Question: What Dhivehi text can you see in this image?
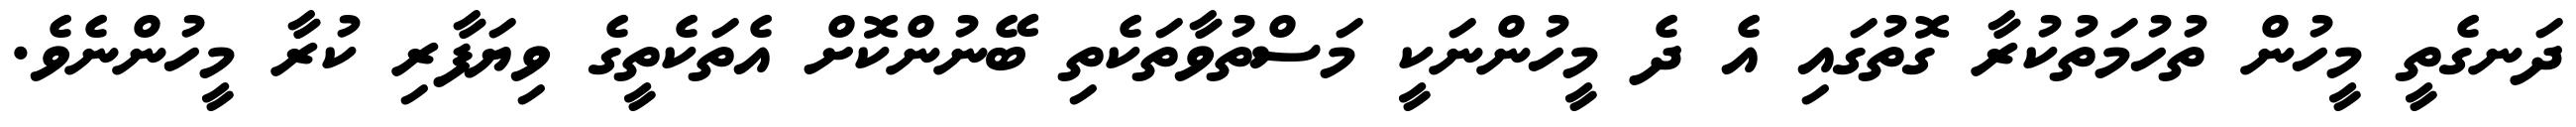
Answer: ދަނގެތީ މީހުން ތުހުމަތުކުރާ ގޮތުގައި އެ ދެ މީހުންނަކީ މަސްތުވާތަކެތި ބޭނުންކޮށް އެތަކެތީގެ ވިޔަފާރި ކުރާ މީހުންނެވެ.